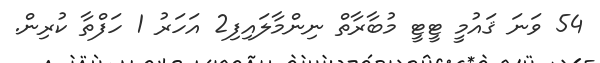
54 ވަނަ ޤައުމީ ޓީޓީ މުބާރާތް ނިންމާލައިފި2 އަހަރު 1 ހަފްތާ ކުރިން.